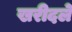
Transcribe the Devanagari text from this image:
खरीदले